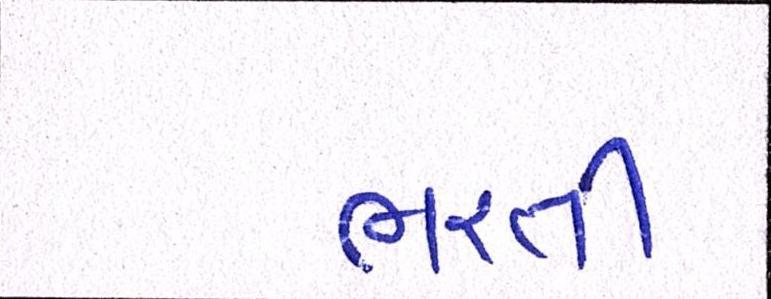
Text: ભરતી